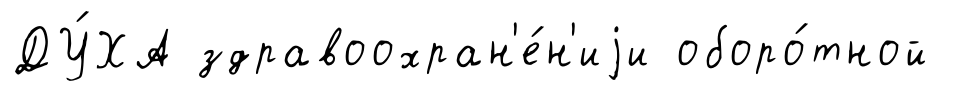
ДУ́ХА здравоохран'е́н'иjи оборо́тной